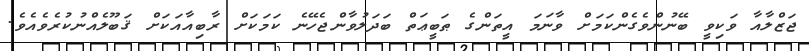
ޖަޒްލާއާ ވަކިވީ ބޭނުންވެގެންކަމަށް ވާނަމަ އީތަންގެ ޠަބީޢަތް ބަދަލުވާންޖެހޭނެ ކަމަކަށް ރާބިއާއަކަށް ޤަބޫލެއްނުކުރެވެއެވެ.